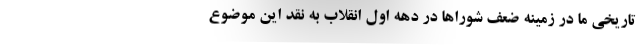
تاریخی ما در زمینه ضعف شورا‌ها در دهه اول انقلاب به نقد این موضوع